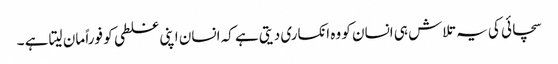
سچائی کی یہ تلاش ہی انسان کو وہ انکساری دیتی ہے کہ انسان اپنی غلطی کو فوراً مان لیتا ہے ۔